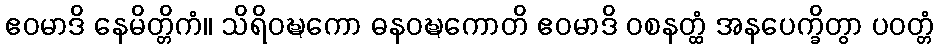
ဧဝမာဒိ နေမိတ္တိကံ။ သိရိဝဍ္ဎကော ဓနဝဍ္ဎကောတိ ဧဝမာဒိ ဝစနတ္ထံ အနပေက္ခိတွာ ပဝတ္တံ